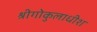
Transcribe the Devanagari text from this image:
श्रीगोकुलाधीश